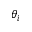
\theta _ { i }